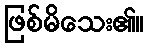
ဖြစ်မိသေး၏။